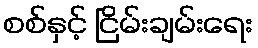
စစ်နှင့် ငြိမ်းချမ်းရေး